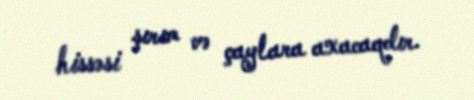
hissəsi şırım və çaylara axacaqdır.